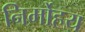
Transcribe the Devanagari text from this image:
निर्मोहय